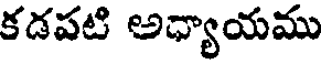
కడపటి అధ్యాయము